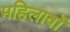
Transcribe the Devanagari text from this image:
महिलावों